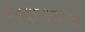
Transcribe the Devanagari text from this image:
मैदानवजा